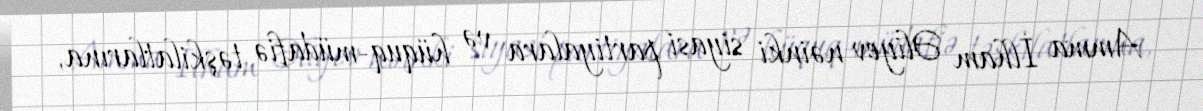
Amma İlham Əliyev nəinki siyasi partiyalara və hüquq-müdafiə təşkilatlarına,